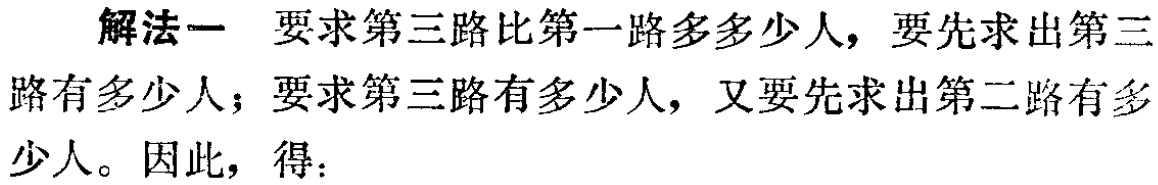
解法一 要求第三路比第一路多多少人，要先求出第三路有多少人；要求第三路有多少人，又要先求出第二路有多少人。因此，得：